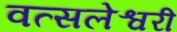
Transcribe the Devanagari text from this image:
वत्सलेश्वरी